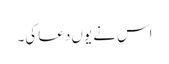
اس نے یوں دعا کی۔